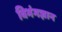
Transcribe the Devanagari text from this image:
विभंगज्ञान